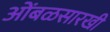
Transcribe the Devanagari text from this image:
आेंबळसारखी